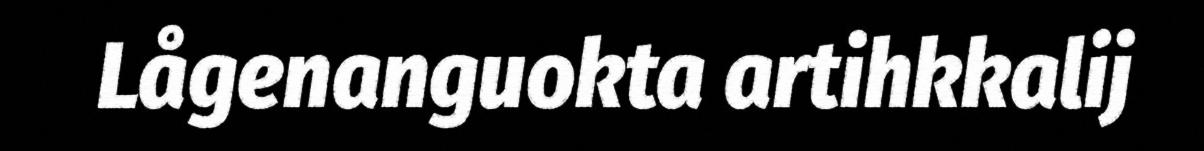
Lågenanguokta artihkkalij